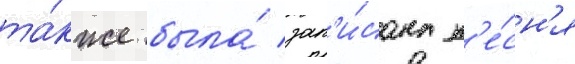
та́кже была́ зап'и́сана п'е́сн'я